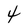
Character: 4